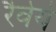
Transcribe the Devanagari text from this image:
रैवेये